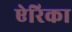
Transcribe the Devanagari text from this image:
ऐरिका